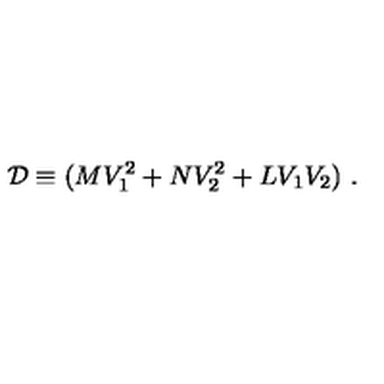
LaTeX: { \cal D } \equiv ( M V _ { 1 } ^ { 2 } + N V _ { 2 } ^ { 2 } + L V _ { 1 } V _ { 2 } ) \ .